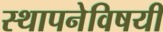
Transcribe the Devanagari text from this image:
स्थापनेविषयी